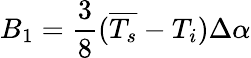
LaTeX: B_{1}=\frac{3}{8}(\overline{{T_{s}}}-T_{i})\Delta\alpha